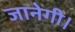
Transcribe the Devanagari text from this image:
जानेगी।